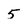
Character: 5